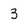
Character: 3